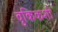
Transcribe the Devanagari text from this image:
वुकिकशी